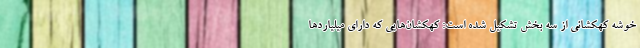
خوشه کهکشانی از سه بخش تشکیل شده است: کهکشان‌هایی که دارای میلیاردها